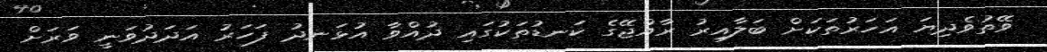
ވޭތުވެދިޔަ އަހަރުތަކަށް ބަލާއިރު ރާއްޖޭގެ ކަނޑުތަކުގައި ދުއްވާ އުޅަނދު ފަހަރު އަދަދުވަނީ ވަރަށް